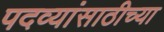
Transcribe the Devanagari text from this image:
पदव्यांसाठीच्या